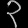
Digit: ၃